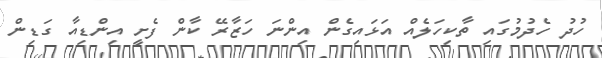
ހުދު ހެދުމުގައި ތާކިހަލެއް އަޅައިގެން އިންނަ ހަޒާރޭ ކާން ފެށީ އިންޑިއާ ގަޑިން